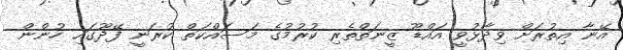
އޭނާ އިތުރަށް ވިދާޅުވީ އައްޑޫ ޒީނަތްތެރި ކުރުމުގެ މަސައްކަތް ކުރަނީ ފޭދޫގައި ހުންން